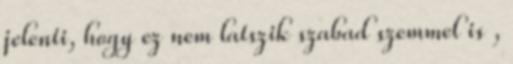
jelenti, hogy ez nem latszik szabad szemmel is ,